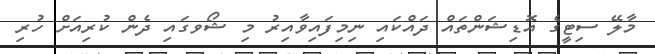
މާލޭ ސިޓީގެ އޮޑިޝަންތައް ދައްކައި ނިމިފައިވާއިރު މި ޝޯވގައި ދެން ކުރިއަށް ހުރި